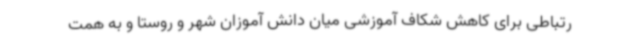
رتباطی برای کاهش شکاف آموزشی میان دانش آموزان شهر و روستا و به همت